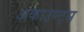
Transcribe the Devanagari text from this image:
अकाउण्ट्स